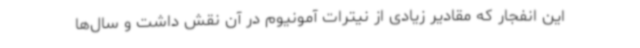
این انفجار که مقادیر زیادی از نیترات آمونیوم در آن نقش داشت و سال‌ها